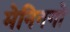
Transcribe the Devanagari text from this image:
मेनिनगो